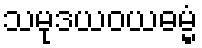
သမုဒယဝယဓမ္မံ